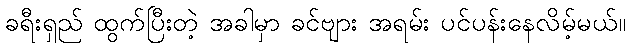
ခရီးရှည် ထွက်ပြီးတဲ့ အခါမှာ ခင်ဗျား အရမ်း ပင်ပန်းနေလိမ့်မယ်။